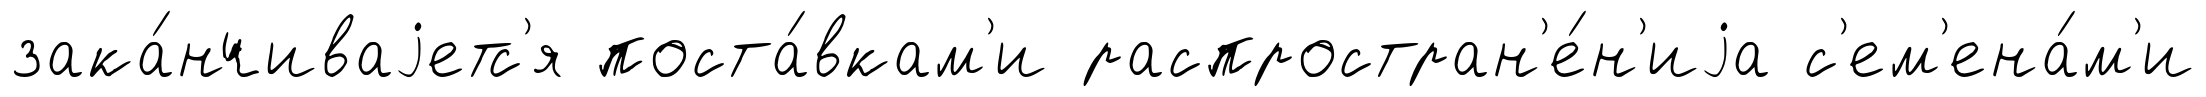
зака́нчиваjетс'я поста́вкам'и распростран'е́н'иjа с'ем'ена́м'и